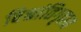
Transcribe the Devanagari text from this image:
विश्रांतिगृहात